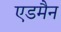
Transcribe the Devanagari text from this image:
एडमैन